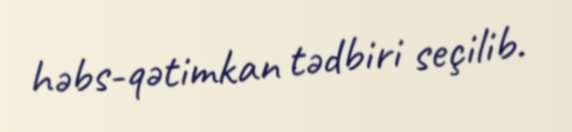
həbs-qətimkan tədbiri seçilib.